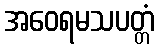
အဝေရမသပတ္တံ